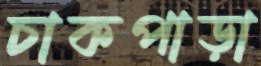
চাকপাড়া